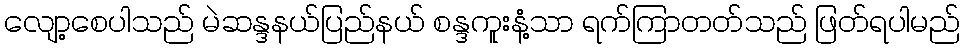
လျော့စေပါသည် မဲဆန္ဒနယ်ပြည်နယ် စန္ဒကူးနံ့သာ ရက်ကြာတတ်သည် ဖြတ်ရပါမည်